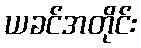
ယခင်အတိုင်း